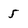
Character: 5